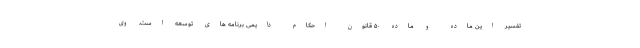
تفسیر این ماده و ماده ۵۰ قانون احکام دایمی برنامه های توسعه است. وی